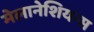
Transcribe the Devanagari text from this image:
मेलानेशियन्स